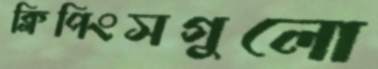
ক্লিপিংসগুলো